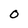
Character: O